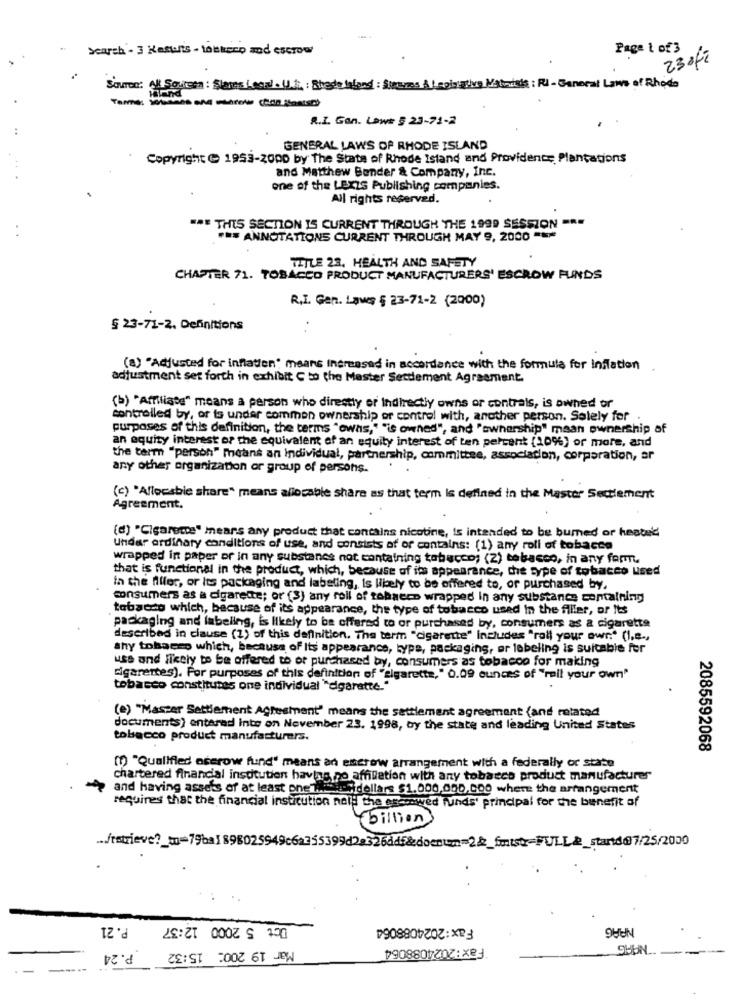
Search - 3 Kastalts - tolkerp and escrow
Page 1 of 3
23 afi
Source: Al Soitems : Stares ( por). U.i. : Shade lafond : Strammes &Ispirative Materials : Fi - General Laws of Rhoda
Hailand
R.I Gan. Lowe § 23-71-2
GENERAL LAWS OF RHODE ISLAND
Copyright 1953-2000 by The State of Rhode Island and Providente Plantations
and Matthew Bender & Company, Inc.
one of the LExis Publishing companies.
All rights reserved.
""" THIS SECTION IS CURRENT THROUGH THE 1999 SESSION ==
### ANNOTATIONS CURRENT THROUGH MAY 9, 2000 ***
TITLE 23, HEALTH AND SAFETY
CHAPTER 71. TOBACCO PRODUCT MANUFACTURERS' ESCROW FUNDS
R.I. Gen. Laws § 23-71-2 (2000)
§ 23-71-2. Definitions
. .
(a) "Adjusted for inflation' means increased in accordance with the formula for Inflation
adjustment set forth in exhibit C to the Master Settlement Agreement.
(b) "Affiliate" means a person who directly or Indirectly owns or contrais, is owned or
controlled by, or ts under common ownership of control with, another person. Solely for
purposes of this definition, the terms "owas," "is owned", and "ownership" maan ownership of
an equity interest of the equivalent of an equity interest of ten percent (109%) or more, and
the term "person" means an Individual, partnership, committee, association, corporation, ar
any other organization or group of persons.
(c) "Allocable share" means allocable share as that term is defined in the Master Settlement
Agreement.
(d) "Cigarece" means any product that contains nicotine, Is intended to be bumed or heatel
Under ordinary conditions of use, and consists of of contains: (1) any roll of tobacco
wrapped in paper or in any substanes not containing tobacco; (2) tobacco, in any form.
that is functional in the product, which, because of its appearance, the type of tobacco used
in the filler, or its packaging and labeling, is likely to be offered to, or purchased by,
consumers as a cigarette; or (3) any roll of tobacco wrapped In any substance containing
tobacco which, because of its appearance, the type of tobacco used in the filler, or Its
packaging and labeling, is likely to be offered to or purchased by, consumers as a cigarette
described in clause (1) of this definition. The term "cigarette" includes "roll your owr." (I.e .,
shy tobacco which, because of Its appearance, type, packaging, ar labeling is suitable for
uss and Heely to be offered to of purchased by, consumers as tobacco for making
cigarettes). For purposes of this definition of "sigarette," 0.09 ounces of "reil your own"
tobacco constitutes one individual "cigarette."
(e) "Master Settlement Agreement" means the settlement agreement (and related
documents) entarad into on November 23. 1998, by the state and leading United States
tobacco product manufacturers.
2085592068
(1) "Qualified oscrow fund" means an escrow arrangement with a federally or state
chartered financial institution having no affiliation with any tobacco product manufacturer
and having assets of at least one Mile fidellars $1.000,000,000 where the arrangement
requires that the financial institution noi! the esconwed funds' principal for the benefit of
billion
P. 21
Dct 5 2000 12:37
Fax:2024088064
NAAG
Fax :2024088064
P.24
Mar 19 200: 15:32
SHUN ..